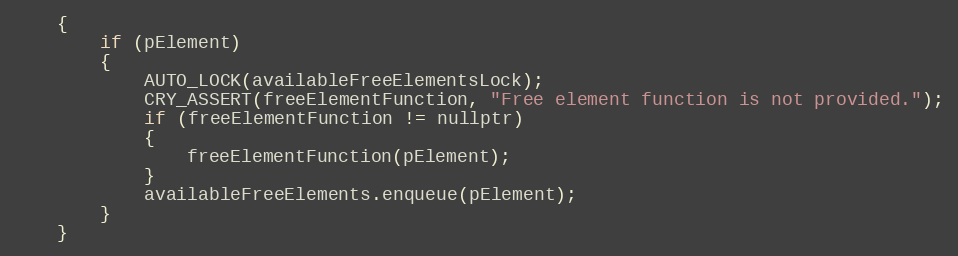
Language: C
	{
		if (pElement)
		{
			AUTO_LOCK(availableFreeElementsLock);
			CRY_ASSERT(freeElementFunction, "Free element function is not provided.");
			if (freeElementFunction != nullptr)
			{
				freeElementFunction(pElement);
			}
			availableFreeElements.enqueue(pElement);
		}
	}